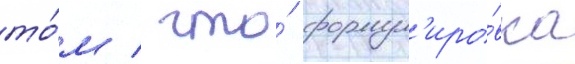
то́м / что́ формул'иро́вка